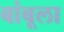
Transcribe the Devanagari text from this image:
बांबूला